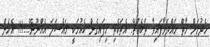
ހެދުމަށް މާތް ހައްދަވާފައިވާ ތަކެއްޗޭ. އެތަކެތި ހިފައިގެން ކެއުމަކީ މައްސަލަ އެއްނޫނޭ....!!! އެހެން